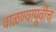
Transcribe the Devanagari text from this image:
वाळण्यापूर्वीच